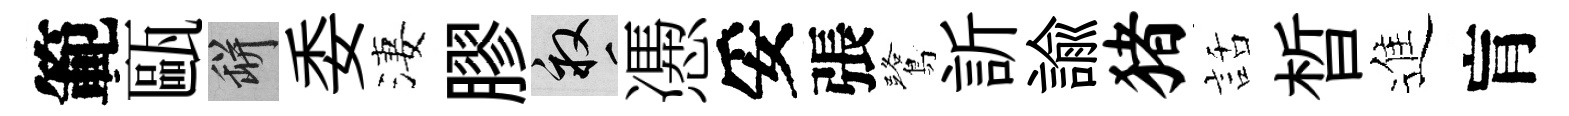
範甌瓶委淒膠畝慿妥張鷺訢諭猪話晳進肓